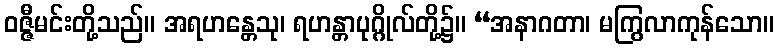
ဝဇ္ဇီမင်းတို့သည်။ အရဟန္တေသု၊ ရဟန္တာပုဂ္ဂိုလ်တို့၌။ “အနာဂတာ၊ မကြွလာကုန်သော။